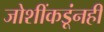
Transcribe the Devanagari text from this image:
जोशींकडूंनही